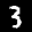
Label: 3